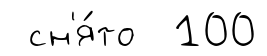
сн'я́то 100